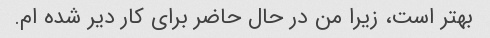
بهتر است، زیرا من در حال حاضر برای کار دیر شده ام.